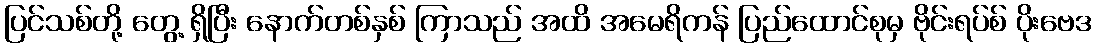
ပြင်သစ်တို့ တွေ့ ရှိပြီး နောက်တစ်နှစ် ကြာသည် အထိ အမေရိကန် ပြည်ထောင်စုမှ ဗိုင်းရပ်စ် ပိုးဗေဒ